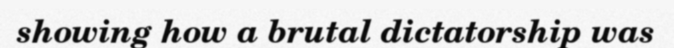
showing how a brutal dictatorship was